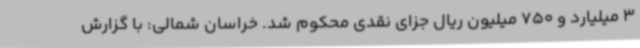
3 میلیارد و 750 میلیون ریال جزای نقدی محکوم شد. خراسان شمالی: با گزارش